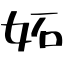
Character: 妬